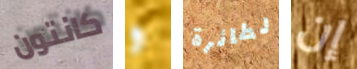
كانتون و لطائرة إن